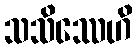
သသိဿေဟိ